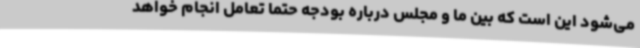
می‌شود این است که بین ما و مجلس درباره بودجه حتماً تعامل انجام خواهد